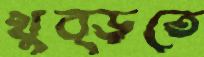
থুব্‌ড়তে